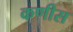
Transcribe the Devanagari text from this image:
कणीस